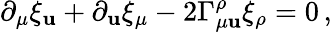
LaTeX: \partial_{\mu}\xi_{\mathbf{u}}+\partial_{\mathbf{u}}\xi_{\mu}-2\Gamma_{\mu\mathbf{u}}^{\rho}\xi_{\rho}=0\, ,